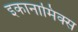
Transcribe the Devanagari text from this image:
इकानामिक्स